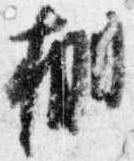
棚